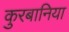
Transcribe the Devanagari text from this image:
कुरबानिया